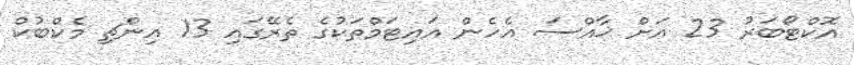
އޮކްޓޯބަރު 23 އަށް ޚާއްސަ އެހެން އައިޓަމްތަކުގެ ތެރޭގައި 13 އިންޗި މެކްބުކް